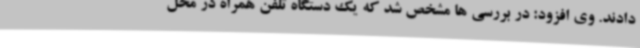
دادند. وی افزود: در بررسی ها مشخص شد که یک دستگاه تلفن همراه در محل